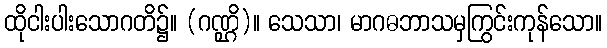
ထိုငါးပါးသောဂတိ၌။ (ဂဏ္ဌိ)။ သေသာ၊ မာဂဓဘာသမှကြွင်းကုန်သော။